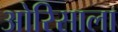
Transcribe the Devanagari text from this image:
ओरिसाला